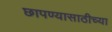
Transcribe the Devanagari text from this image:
छापण्यासाठीच्या